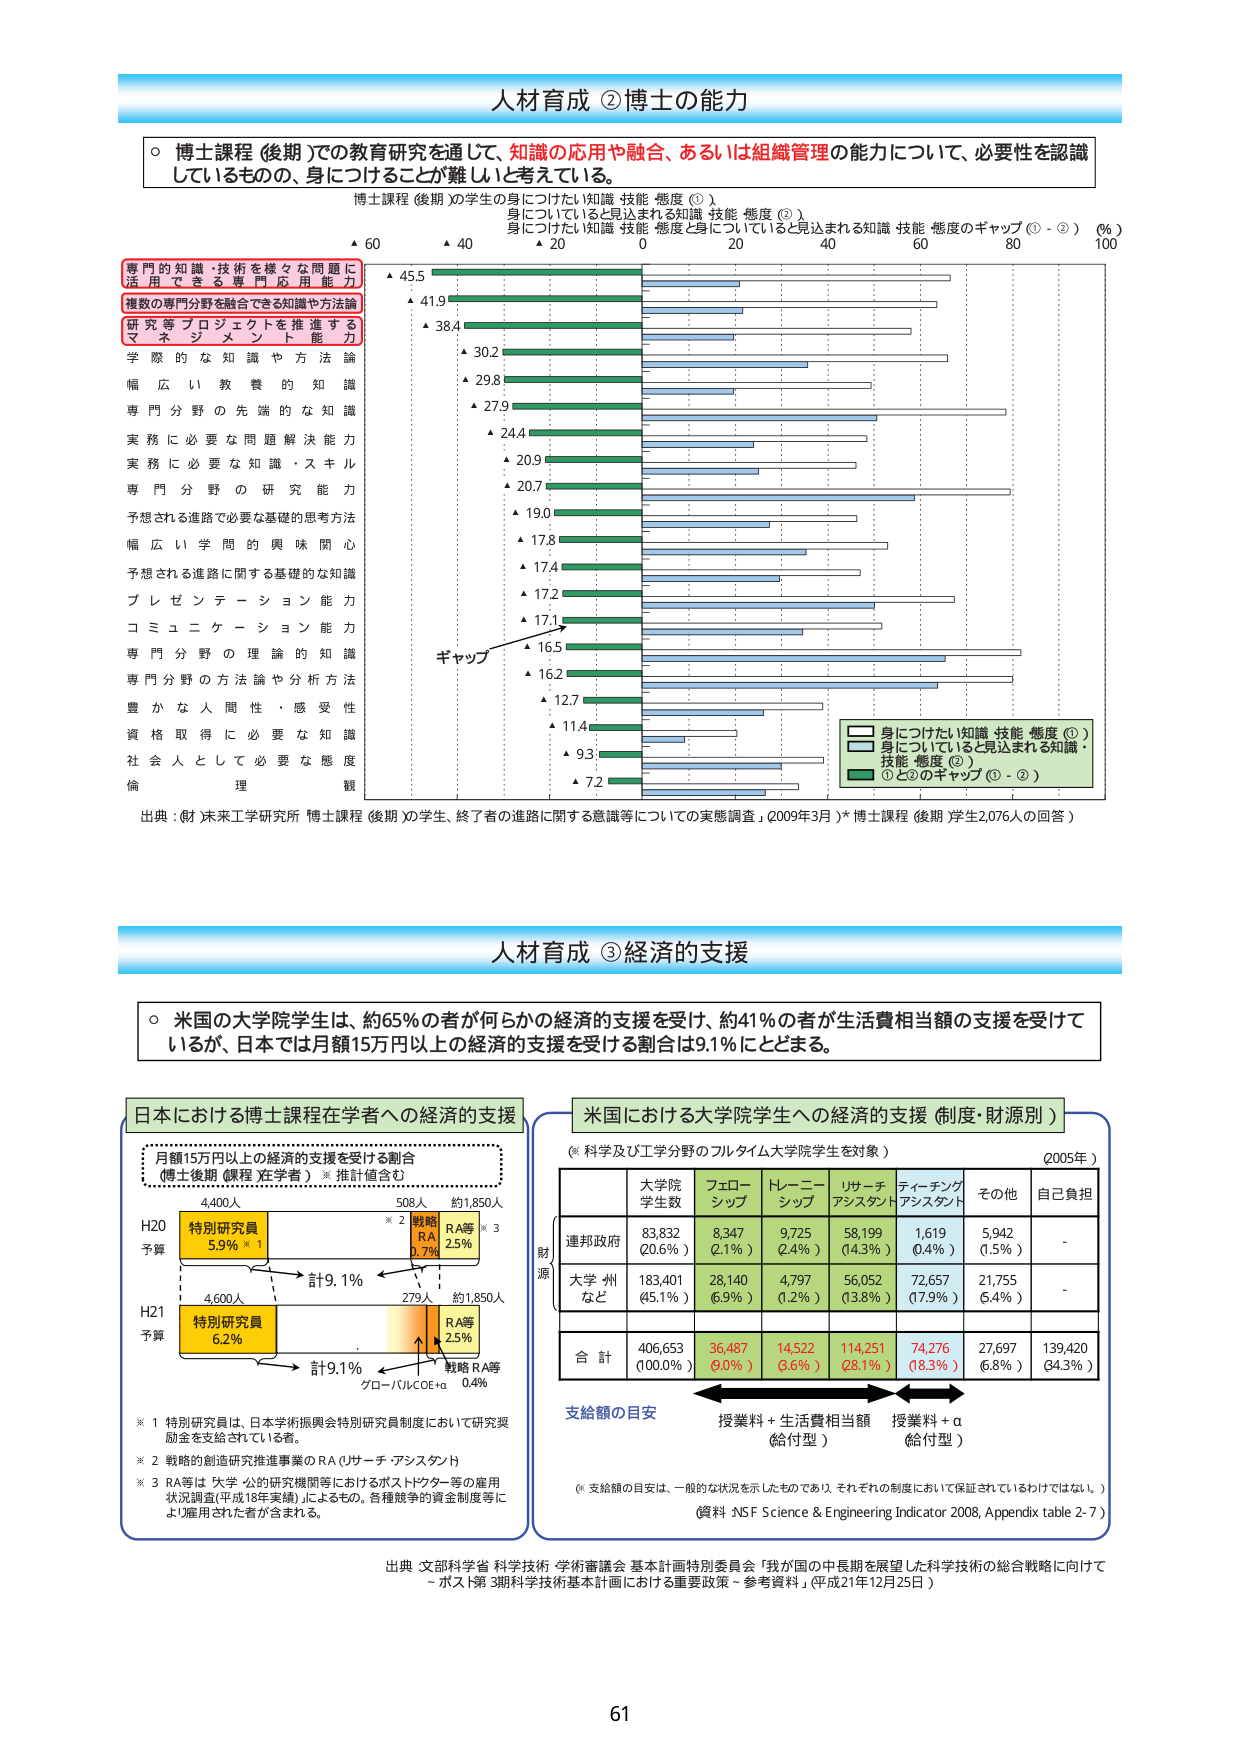
人材育成 ②博士の能力

○ 博士課程（後期）での教育研究を通じて、知識の応用や融合、あるいは組織管理の能力について、必要性を認識しているものの、身につけることが難しいと考えている。

博士課程（後期）の学生に身につけたい知識・技能・態度（①）
身についていると見込まれる知識・技能・態度（②）
身につけたい知識・技能・態度と身についていると見込まれる知識・技能・態度のギャップ（①－②）（％）

専門の知識・技術を様々な問題に活用できる専門応用能力
▲ 45.5
▲ 41.9
▲ 38.4
▲ 30.2
▲ 29.8
▲ 27.9
▲ 24.4
▲ 20.9
▲ 20.7
▲ 19.0
▲ 17.8
▲ 17.4
▲ 17.2
▲ 17.1
▲ 16.5
▲ 16.2
▲ 12.7
▲ 11.4
▲ 9.3
▲ 7.2

複数の専門分野を融合できる知識や方法論
研究等プロジェクトを推進するマネジメント能力
学際的な知識や方法論
幅広い教養的知識
専門分野の先端的な知識
実務に必要な問題解決能力
実務に必要な知識・スキル
専門分野の研究能力
予想される進路で必要な基礎的思考方法
幅広い学問的興味関心
予想される進路に関する基礎的な知識
プレゼンテーション能力
コミュニケーション能力
専門分野の理論的知識
専門分野の方法論や分析方法
豊かな人間性・感受性
資格取得に必要な知識
社会人として必要な態度
倫理観

ギャップ

■ 身につけたい知識・技能・態度（①）
■ 身についていると見込まれる知識・技能・態度（②）
■ ①と②のギャップ（①－②）

出典：（財）未来工学研究所「博士課程（後期）の学生、終了者の進路等に関する意識調査」（2009年3月）*博士課程（後期）学生2,076人の回答）

人材育成 ③経済的支援

○ 米国の大学院学生は、約65％の者が何らかの経済的支援を受け、約41％の者が生活費相当額の支援を受けているが、日本では月額15万円以上の経済的支援を受ける割合は9.1％にとどまる。

日本における博士課程在学者への経済的支援

月額15万円以上の経済的支援を受ける割合
（博士後期課程在学者）※推計値含む

H20 予算
4,400人
特別研究員 5.9% ※1
508人
戦略RA 0.7% ※2
RA等 2.5% ※3
計9.1%
約1,850人

H21 予算
4,600人
特別研究員 6.2%
279人
RA等 2.5%
戦略RA等 0.4%
計9.1%
約1,850人

※1 特別研究員は、日本学術振興会特別研究員制度において研究奨励金を支給されている者。
※2 戦略的創造研究推進事業のRA（リサーチ・アシスタント）
※3 RA等は、大学・公的研究機関等におけるポストドクター等の雇用状況調査（平成18年実績）によるもの。各種競争的資金制度等により雇用された者が含まれる。

米国における大学院学生への経済的支援（制度・財源別）

（※科学及び工学分野のフルタイム大学院学生を対象）（2005年）

財源
大学院学生数
フェローシップ
トレーニングシップ
リサーチアシスタント
ティーチングアシスタント
その他
自己負担

連邦政府
83,832（20.6％）
8,347（2.1％）
9,725（2.4％）
58,199（14.3％）
1,619（0.4％）
5,942（1.5％）
-

大学・州など
183,401（45.1％）
28,140（6.9％）
4,797（1.2％）
56,052（13.8％）
72,657（17.9％）
21,755（5.4％）
-

合計
406,653（100.0％）
36,487（9.0％）
14,522（3.6％）
114,251（28.1％）
74,276（18.3％）
27,697（6.8％）
139,420（34.3％）

支給額の目安
授業料＋生活費相当額（給付型）
授業料＋α（給付型）

（※支給額の目安は、一般的な状況を示したものであり、それぞれの制度において保証されているわけではない。）

（資料：NSF Science & Engineering Indicator 2008, Appendix table 2-7）

出典：文部科学省 科学技術・学術審議会 基本計画特別委員会「我が国の中長期を展望した科学技術の総合戦略に向けて～ポスト第3期科学技術基本計画における重要政策～参考資料」（平成21年12月25日）

61